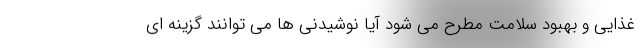
غذایی و بهبود سلامت مطرح می شود آیا نوشیدنی ها می توانند گزینه ای